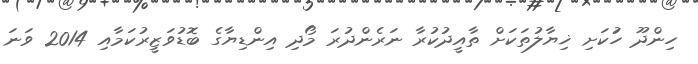
ހިންދޫ ހަުކަށި ޚިޔާލުތަކަށް ތާއީދުކުރާ ނަރެންދުރަ މޯދި އިންޑިޔާގެ ބޮޑުވަޒީރުކަމާއި 2014 ވަނަ